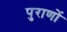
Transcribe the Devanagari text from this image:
पुराणाें